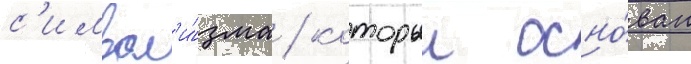
с'имвол'и́зма / которыи осно́ван